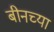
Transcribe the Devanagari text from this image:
बीनच्या